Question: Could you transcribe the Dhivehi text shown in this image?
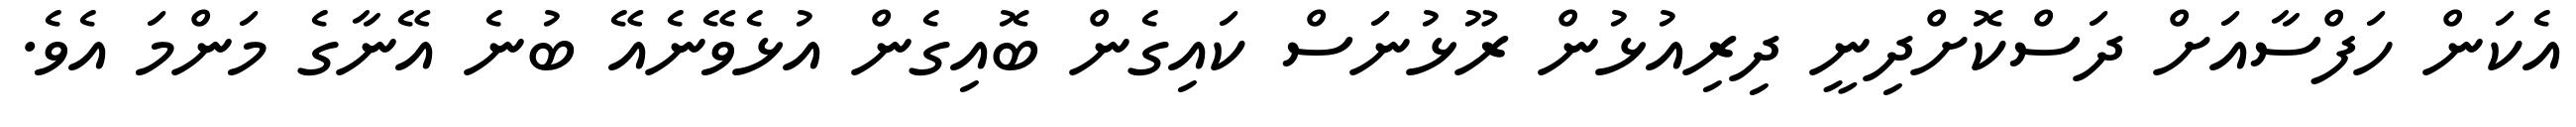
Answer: އެކަން ހަފްސާއަށް ދަސްކޮށްދިނީ ދިރިއުޅުން ރޫޅުނަސް ކައިގެން ބޮއިގެން އުޅެވޭނެއޭ ބުނެ އޭނާގެ މަންމަ އެވެ.